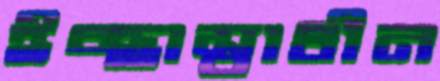
ইচ্ছাস্বাধীন